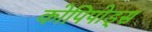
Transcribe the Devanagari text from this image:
कोपिपोड्स